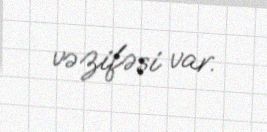
vəzifəsi var.